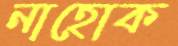
নাহোক